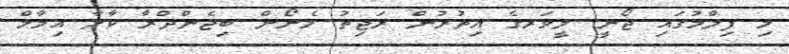
މި ފިލްމުގައި ޖޯނީ ލީވަރގެ އިތުރުން ރަޖިތު މެނޯން ބިޖެންދްރާ ކާލާ އިމާމް